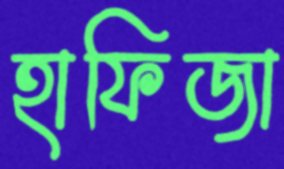
হাফিজা